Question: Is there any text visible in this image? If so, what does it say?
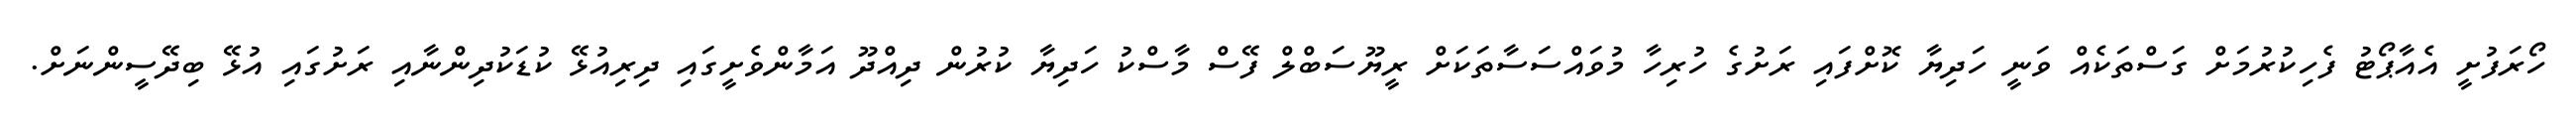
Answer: ހޯރަފުށީ އެއާޕޯޓު ފެހިކުރުމަށް ގަސްތަކެއް ވަނީ ހަދިޔާ ކޮށްފައި ރަށުގެ ހުރިހާ މުވައްސަސާތަކަށް ރީޔޫސަބްލް ފޭސް މާސްކު ހަދިޔާ ކުރުން ދިއްދޫ އަމާންވެށީގައި ދިރިއުޅޭ ކުޑަކުދިންނާއި ރަށުގައި އުޅޭ ބިދޭސީންނަށް.